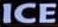
ICE